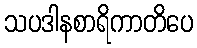
သပဒါနစာရိကာတိပေ